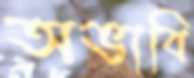
অভাবি